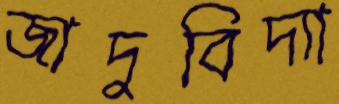
জাদুবিদ্যা